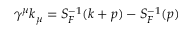
\gamma ^ { \mu } k _ { \mu } = S _ { F } ^ { - 1 } ( k + p ) - S _ { F } ^ { - 1 } ( p )